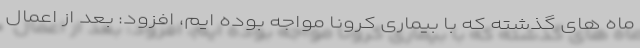
ماه های گذشته که با بیماری کرونا مواجه بوده ایم، افزود: بعد از اعمال